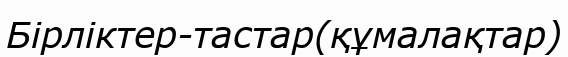
Бірліктер-тастар(құмалақтар)